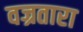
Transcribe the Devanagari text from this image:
वज्रतारा